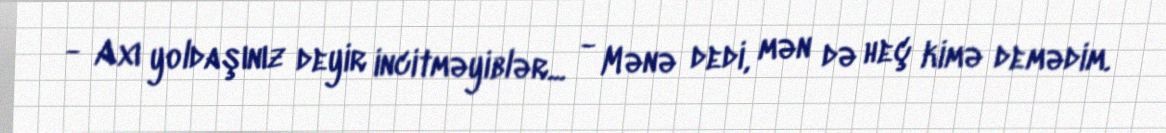
- Axı yoldaşınız deyir incitməyiblər... - Mənə dedi, mən də heç kimə demədim.